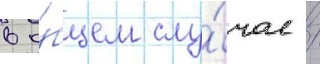
в о́бщем слу́чае /